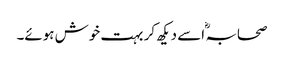
صحابہ ؓ اسے دیکھ کر بہت خوش ہوئے۔